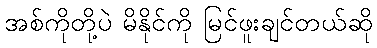
အစ်ကိုတို့ပဲ မိနိုင်ကို မြင်ဖူးချင်တယ်ဆို